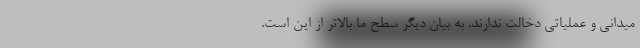
میدانی و عملیاتی دخالت ندارند. به بیان دیگر سطح ما بالاتر از این است.